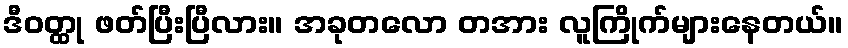
ဒီဝတ္ထု ဖတ်ပြီးပြီလား။ အခုတလော တအား လူကြိုက်များနေတယ်။